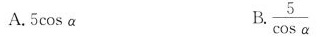
A.5cosα B. \frac{5}{\cosα}